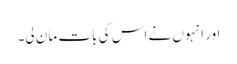
اور انہوں نے اس کی بات مان لی۔